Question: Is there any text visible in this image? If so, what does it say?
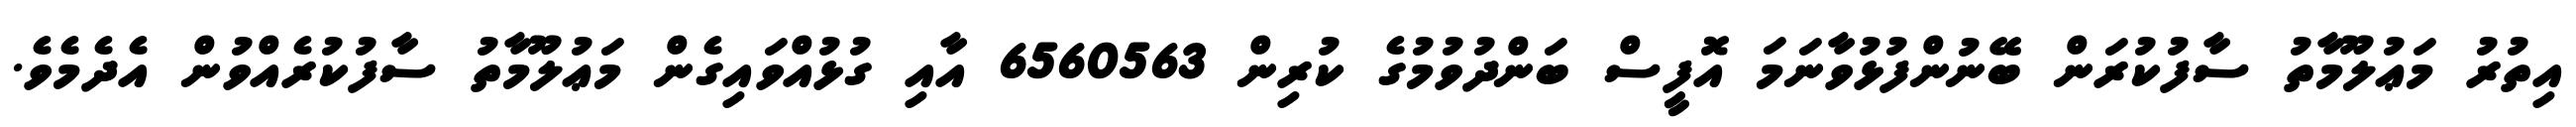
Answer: އިތުރު މަޢުލޫމާތު ސާފުކުރަން ބޭނުންފުޅުވާނަމަ އޮފީސް ބަންދުވުމުގެ ކުރިން 6560563 އާއި ގުޅުއްވައިގެން މަޢުލޫމާތު ސާފުކުރެއްވުން އެދެމެވެ.